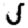
Digit: 5